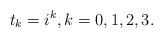
LaTeX: \begin{align*} t_k = i^k, k = 0, 1, 2, 3.\end{align*}